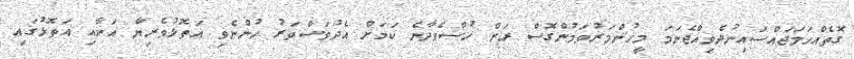
ގޮތެއްހަމަޖައްސައިނުދެވިއްޖެނަމަ މީހުންމަރުވަމުންގޮސް ރަށް ހުސްވެދާނެ ކަމަށް އެދުވަސްވަރު ހުންނެވި އަތޮޅުވެރިޔާ އަށާއި އަތޮޅުގައި